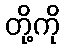
တို့ကို